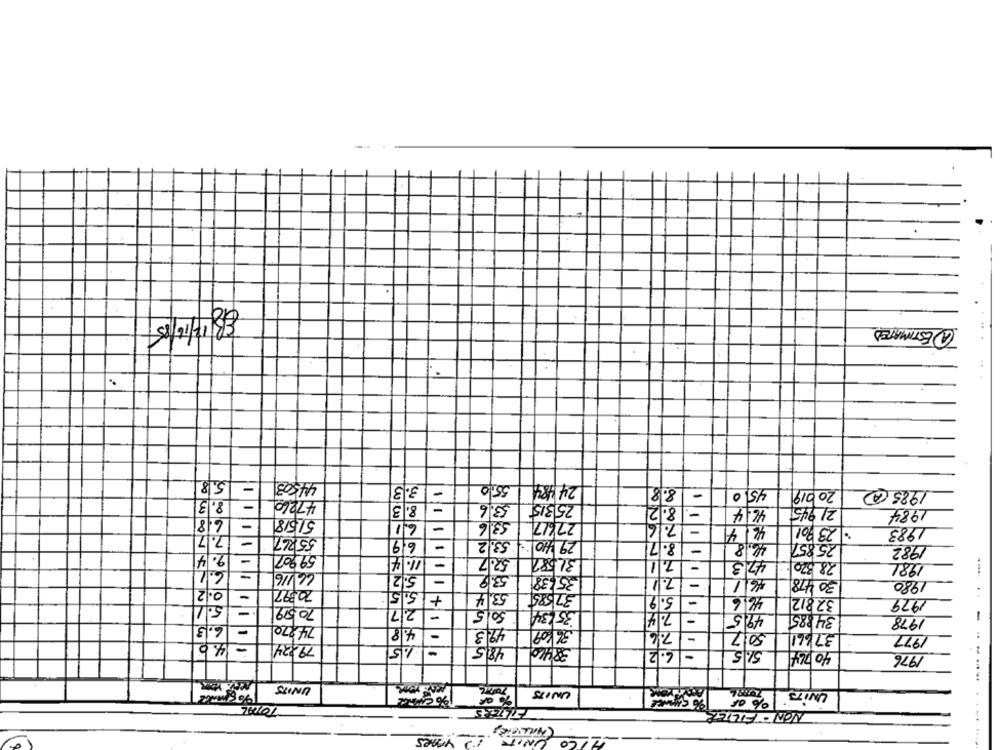
.
2/16/15
@ESTIMATED
- 5.8
44503
3.3
55,0
24 484
8.8
-
-
45.0
20019
1985 @
- 8.3
47260
-
53.6
8.3
25 315
- 8.2
46.4
21945
1984
515/8/
6.8
-
6.1
-
53.6
27617
7.16
-
: 23 901
46/4
1983
- 7.7
55267
53.2
29 410
69
8.7
-
46.8
25.857
1982
2.4
-
59907
11.4
=
52.7
31,582
- 7.1
47.3
28 320-
6.1
53.9
1981
66/16/
5.2
-
35638
2.1
-
46/1
30 478
1980
0.2
70 397
+ 5.5
53.4
37585
-
5.9
46.6
32812
1979
5.1
70.599
-27
50,5
35134
7.4
49.5
34385
-
1978
6.3
-
74.270
- 4.8
49.3
36/09
7.6
-
50.7
37661
1977
- 140
792241
1.5
4815
38460
6.2
-
51.5
40 744
1976
UNITS
% OR
UNITS
UNITS
% af
12 ynes